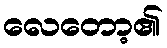
လေတော့၏